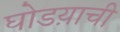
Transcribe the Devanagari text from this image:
घोडय़ाची